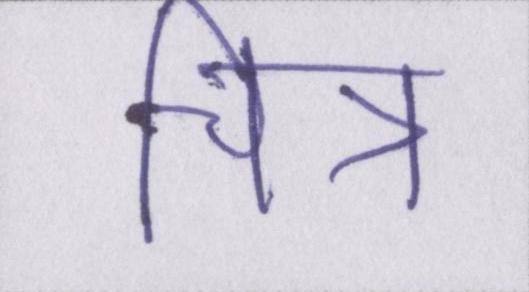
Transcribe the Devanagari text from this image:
चित्र